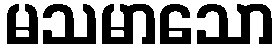
မသမာသော